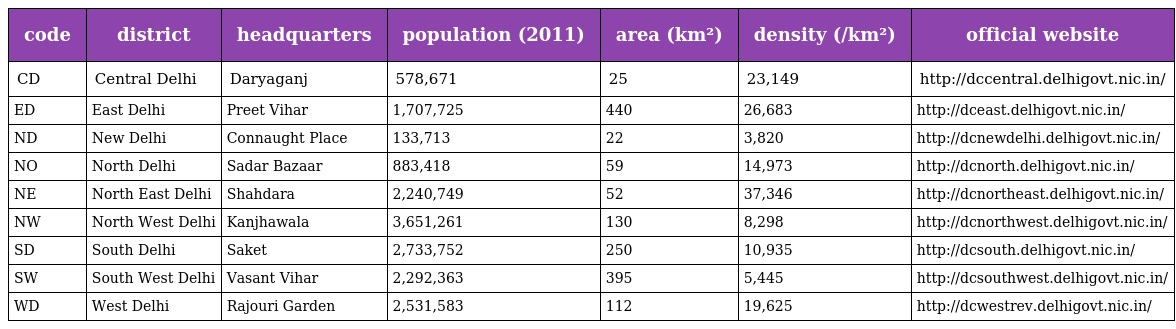
| code | district | headquarters | population (2011) | area (km²) | density (/km²) | official website |
 | --- | --- | --- | --- | --- | --- | --- |
 | CD | Central Delhi | Daryaganj | 578,671 | 25 | 23,149 | http://dccentral.delhigovt.nic.in/ |
 | ED | East Delhi | Preet Vihar | 1,707,725 | 440 | 26,683 | http://dceast.delhigovt.nic.in/ |
 | ND | New Delhi | Connaught Place | 133,713 | 22 | 3,820 | http://dcnewdelhi.delhigovt.nic.in/ |
 | NO | North Delhi | Sadar Bazaar | 883,418 | 59 | 14,973 | http://dcnorth.delhigovt.nic.in/ |
 | NE | North East Delhi | Shahdara | 2,240,749 | 52 | 37,346 | http://dcnortheast.delhigovt.nic.in/ |
 | NW | North West Delhi | Kanjhawala | 3,651,261 | 130 | 8,298 | http://dcnorthwest.delhigovt.nic.in/ |
 | SD | South Delhi | Saket | 2,733,752 | 250 | 10,935 | http://dcsouth.delhigovt.nic.in/ |
 | SW | South West Delhi | Vasant Vihar | 2,292,363 | 395 | 5,445 | http://dcsouthwest.delhigovt.nic.in/ |
 | WD | West Delhi | Rajouri Garden | 2,531,583 | 112 | 19,625 | http://dcwestrev.delhigovt.nic.in/ |